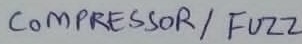
Text: COMPRESSOR/ FUZZ